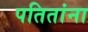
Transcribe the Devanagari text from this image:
पतितांना